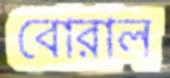
বোরাল